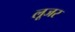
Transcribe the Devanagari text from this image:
लूजर